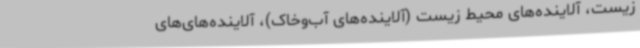
‌زیست، آلاینده‌های محیط‌ زیست (آلاینده‌های آب‌وخاک)، آلاینده‌های‌های